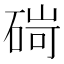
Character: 碋